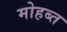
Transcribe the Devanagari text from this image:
मोहब्त